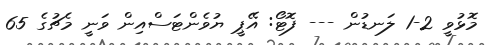
މޮޅުވީ 2-1 ލަނޑުން --- ފޮޓޯ: އޭޕީ ޔުވެންޓަސްއިން ވަނީ މެޗުގެ 65